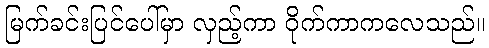
မြက်ခင်းပြင်ပေါ်မှာ လှည့်ကာ ဝိုက်ကာကလေသည်။